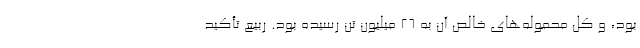
بود، و کل محموله‌های خالص آن به ۲۶ میلیون تن رسیده بود. ربیع تأکید